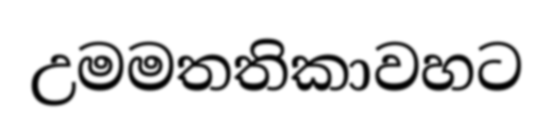
උමමතතිකාවහට